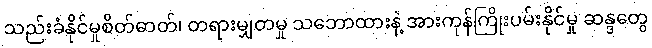
သည်းခံနိုင်မှုစိတ်ဓာတ်၊ တရားမျှတမှု သဘောထားနဲ့ အားကုန်ကြိုးပမ်းနိုင်မှု ဆန္ဒတွေ